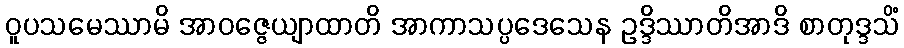
ဝူပသမေဿာမိ အာဝဇ္ဇေယျာထာတိ အာကာသပ္ပဒေသေန ဥဒ္ဒိဿာတိအာဒိ စာတုဒ္ဒသိံ